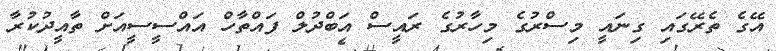
އޭގެ ތެރޭގައި ގިނައީ މިސްރުގެ މިހާރުގެ ރައީސް އަބްދުލް ފައްތާހް އައްސީސީއަށް ތާއީދުކުރާ